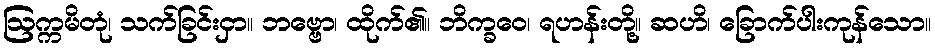
ဩက္ကမိတုံ၊ သက်ခြင်းငှာ။ ဘဗ္ဗော၊ ထိုက်၏။ ဘိက္ခဝေ၊ ရဟန်းတို့။ ဆဟိ၊ ခြောက်ပါးကုန်သော။